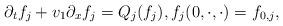
LaTeX: \begin{align*}\partial _tf_j+v_1\partial _xf_j= Q_j(f_j),f_j(0,\cdot ,\cdot )= f_{0,j},\end{align*}